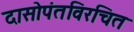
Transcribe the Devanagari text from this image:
दासोपंतविरचित